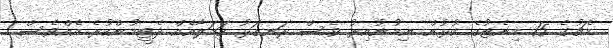
މެޗުގެ 15 މިނެޓުގެ ކުޅުން ނިމުނުއިރު ވެސް ރަނގަޅު ހަމަލާއެއް ދެޓީމުންކުރެ އެއްވެސް